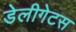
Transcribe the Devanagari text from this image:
डेलीगेटस